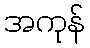
အကုန်